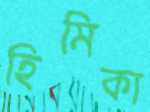
হিমিকা